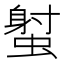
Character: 𧎭